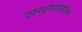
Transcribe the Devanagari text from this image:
एक्स्ट्रीमोफिलिक